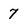
Character: 7